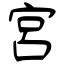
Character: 宮